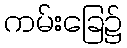
ကမ်းခြေ၌